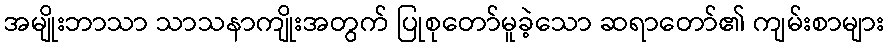
အမျိုးဘာသာ သာသနာကျိုးအတွက် ပြုစုတော်မူခဲ့သော ဆရာတော်၏ ကျမ်းစာများ